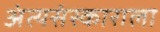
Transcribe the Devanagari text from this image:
अंत्यसंस्काराला